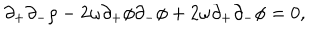
\partial _ { + } \partial _ { - } \rho - 2 \omega \partial _ { + } \phi \partial _ { - } \phi + 2 \omega \partial _ { + } \partial _ { - } \phi = 0 ,